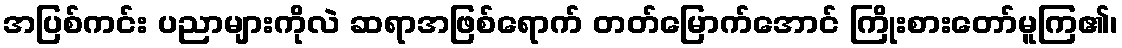
အပြစ်ကင်း ပညာများကိုလဲ ဆရာအဖြစ်ရောက် တတ်မြောက်အောင် ကြိုးစားတော်မူကြ၏၊